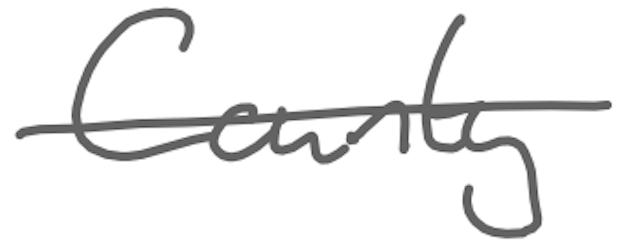
Text: County
Cross-out: single-line
Writing tool: digital_gray